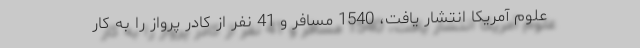
علوم آمریکا انتشار یافت، 1540 مسافر و 41 نفر از کادر پرواز را به کار